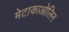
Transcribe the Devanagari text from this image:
मेटाकाओलिन